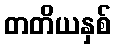
တတိယနှစ်